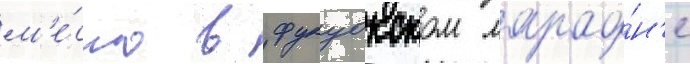
м'е́сто в фукуокском марафо́н'е